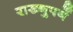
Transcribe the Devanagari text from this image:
राख्नुपर्ने